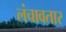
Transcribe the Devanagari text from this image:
लंचावतार